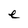
Character: e